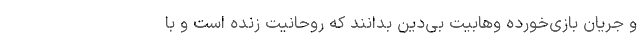
و جریان بازی‌خورده وهابیت بی‌دین بدانند که روحانیت زنده است و با